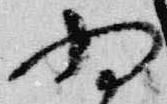
為